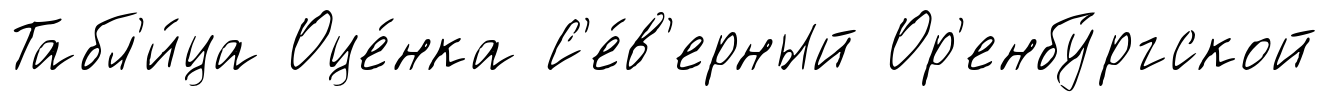
Табл'и́ца Оце́нка С'е́в'ерный Ор'енбу́ргской